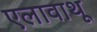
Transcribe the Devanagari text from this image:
एलावाथू